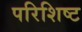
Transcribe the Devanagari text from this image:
परिशिष्‍ट